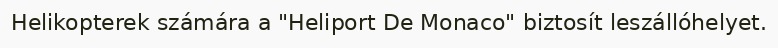
Helikopterek számára a "Heliport De Monaco" biztosít leszállóhelyet.